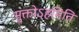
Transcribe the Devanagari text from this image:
मुक्तोऽहमिति